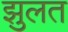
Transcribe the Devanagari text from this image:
झुलत